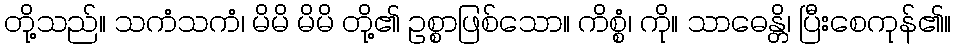
တို့သည်။ သကံသကံ၊ မိမိ မိမိ တို့၏ ဥစ္စာဖြစ်သော။ ကိစ္စံ၊ ကို။ သာဓေန္တိ၊ ပြီးစေကုန်၏။